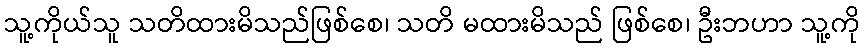
သူ့ကိုယ်သူ သတိထားမိသည်ဖြစ်စေ၊ သတိ မထားမိသည် ဖြစ်စေ၊ ဦးဘဟာ သူ့ကို